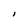
Character: l